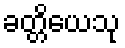
ခတ္တိယေသု